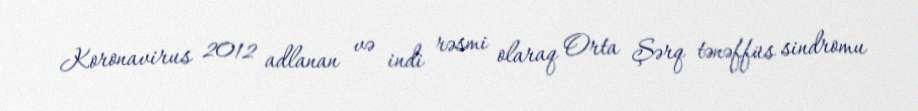
Koronavirus 2012 adlanan və indi rəsmi olaraq Orta Şərq tənəffüs sindromu